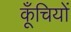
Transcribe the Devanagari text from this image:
कूँचियों